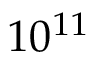
1 0 ^ { 1 1 }